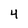
Character: 4